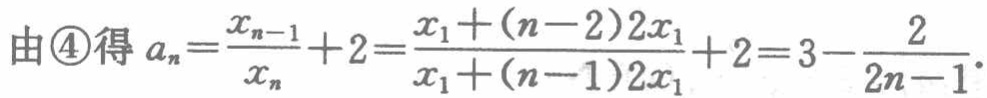
由\textcircled{4}得 \(a_{n}=\frac{x_{n - 1}}{x_{n}} + 2=\frac{x_{1}+(n - 2)2x_{1}}{x_{1}+(n - 1)2x_{1}}+2=3-\frac{2}{2n - 1}\).